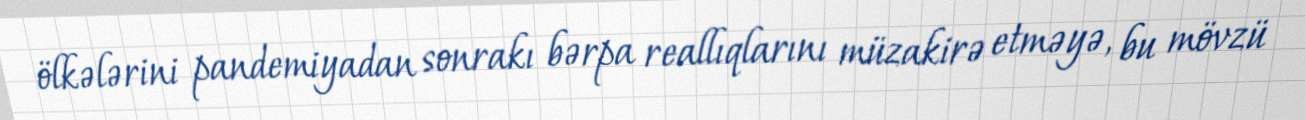
ölkələrini pandemiyadan sonrakı bərpa reallıqlarını müzakirə etməyə, bu mövzü